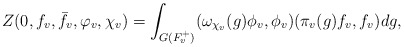
\begin{align*}Z(0,f_v, \bar{f}_v, \varphi_v,\chi_v)=\int_{G(F_v^+)}(\omega_{\chi_v} (g)\phi_v, \phi_v) (\pi_v(g)f_v, f_v)dg,\end{align*}